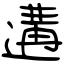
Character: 遘